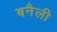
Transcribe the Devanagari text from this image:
बनैली